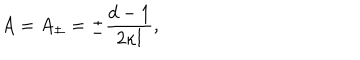
LaTeX: A = A _ { \pm } = \pm \frac { d - 1 } { 2 \kappa l } ,